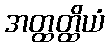
အတ္ထတ္ထိယံ